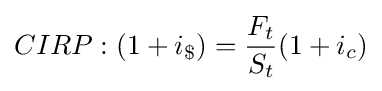
CIRP:(1+i_{\$})={\frac {F_{t}}{S_{t}}}(1+i_{c})